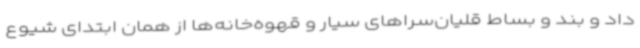
داد و بند و بساط قلیان‌سراهای سیار و قهوه‌خانه‌ها از همان ابتدای شیوع